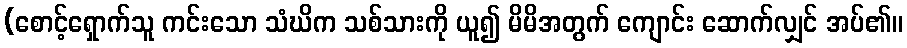
(စောင့်ရှောက်သူ ကင်းသော သံဃိက သစ်သားကို ယူ၍ မိမိအတွက် ကျောင်း ဆောက်လျှင် အပ်၏။